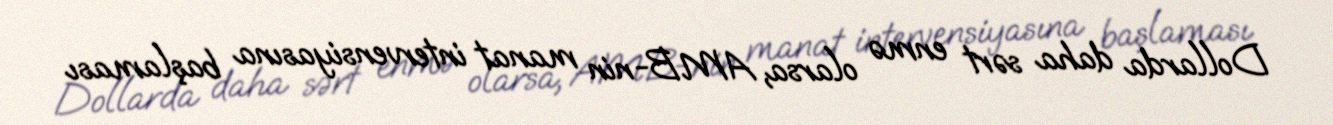
Dollarda daha sərt enmə olarsa, AMB-nin manat intervensiyasına başlaması